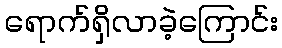
ရောက်ရှိလာခဲ့ကြောင်း